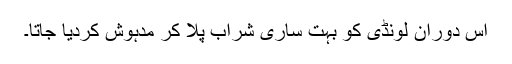
اس دوران لونڈی کو بہت ساری شراب پلا کر مدہوش کردیا جاتا۔